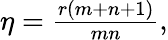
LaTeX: \begin{array}{r}{\eta=\frac{r(m+n+1)}{mn},}\end{array}